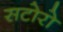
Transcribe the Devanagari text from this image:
सटोरो